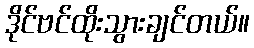
ဒိုင်ဗင်ထိုးသွားချင်တယ်။